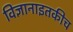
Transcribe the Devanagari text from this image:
विज्ञानाइतकीच